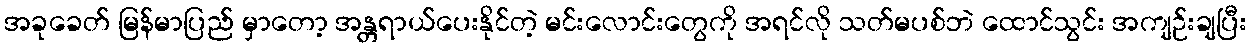
အခုခေတ် မြန်မာပြည် မှာတော့ အန္တရာယ်ပေးနိုင်တဲ့ မင်းလောင်းတွေကို အရင်လို သတ်မပစ်ဘဲ ထောင်သွင်း အကျဉ်းချပြီး